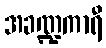
အခဏ္ဍကာရီ